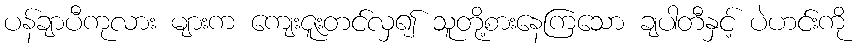
ပန်ချာပီကုလား များက ကျေးဇူးတင်လှ၍ သူတို့စားနေကြသော ချပါတီနှင့် ပဲဟင်းကို